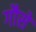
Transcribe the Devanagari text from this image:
गौसें